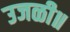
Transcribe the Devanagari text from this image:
उजळी॥